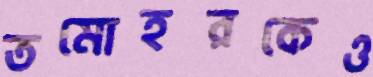
তমোহরকেও